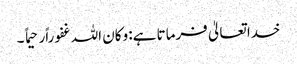
خدا تعالیٰ فرماتا ہے: وکان اللہ غفوراًرحیما ً ۔